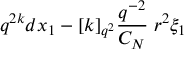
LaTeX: q ^ { 2 k } d x _ { 1 } - [ k ] _ { q ^ { 2 } } \frac { q ^ { - 2 } } { C _ { N } } \; r ^ { 2 } \xi _ { 1 }